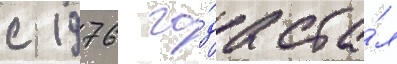
с 1976 го́да ста́л